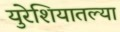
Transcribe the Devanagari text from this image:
युरेशियातल्या